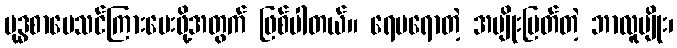
ဗုဒ္ဓစာပေသင်ကြားပေးဖို့အတွက် ဖြစ်ပါတယ်။ ရေမရောတဲ့ အမျိုးမြတ်တဲ့ ဘာလူမျိုး၊